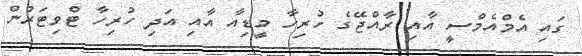
ގައި އެމްއެމްސީ އާއި ރާއްޖޭގެ ހުރިހާ މީޑިއާ އާއި އަދި ހުރިހާ ޓްވިޓަރުން